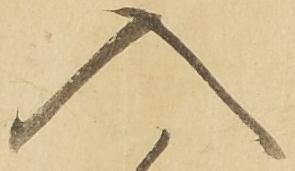
入